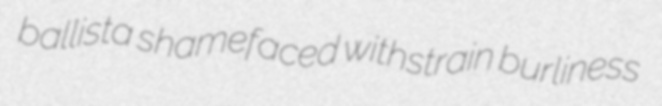
ballista shamefaced withstrain burliness